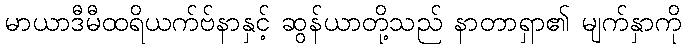
မာယာဒီမီထရိယက်ဗ်နာနှင့် ဆွန်ယာတို့သည် နာတာရှာ၏ မျက်နှာကို